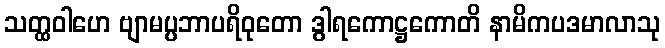
သတ္ထဝါဟေ ဗျာမပ္ပဘာပရိဝုတော ဒွါရကောဋ္ဌကောတိ နာမိကပဒမာလာသု